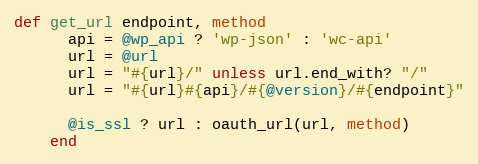
Language: Ruby
def get_url endpoint, method
      api = @wp_api ? 'wp-json' : 'wc-api'
      url = @url
      url = "#{url}/" unless url.end_with? "/"
      url = "#{url}#{api}/#{@version}/#{endpoint}"

      @is_ssl ? url : oauth_url(url, method)
    end